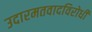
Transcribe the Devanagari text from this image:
उदारमतवादविरोधी